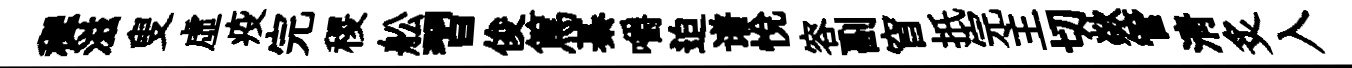
穉滋叟虛疫完稷舩習俊篤綦嚼迫谱悅容副窅扺完主切歘管淸炙入